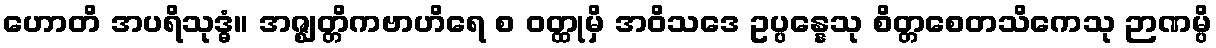
ဟောတိ အပရိသုဒ္ဓံ။ အဇ္ဈတ္တိကဗာဟိရေ စ ဝတ္ထုမှိ အဝိသဒေ ဥပ္ပန္နေသု စိတ္တစေတသိကေသု ဉာဏမ္ပိ